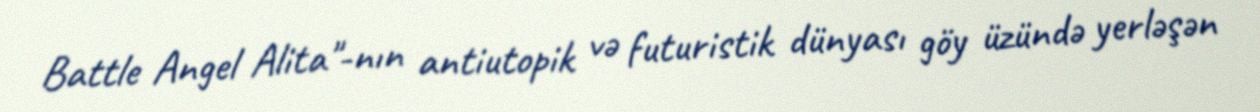
Battle Angel Alita"-nın antiutopik və futuristik dünyası göy üzündə yerləşən